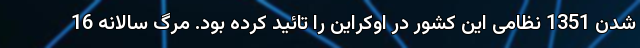
شدن 1351 نظامی این کشور در اوکراین را تائید کرده بود. مرگ سالانه 16